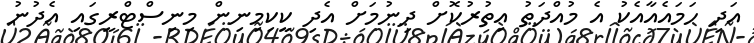
އަދި ހަމައެއާއެކު އެ މުއްދަތު އިތުރުކޮށް ދިނުމަށް އެދި ކީކިމިނިން މިނިސްޓްރީގައި އެދުނު